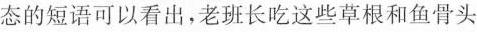
态的短语可以看出，老班长吃这些草根和鱼骨头